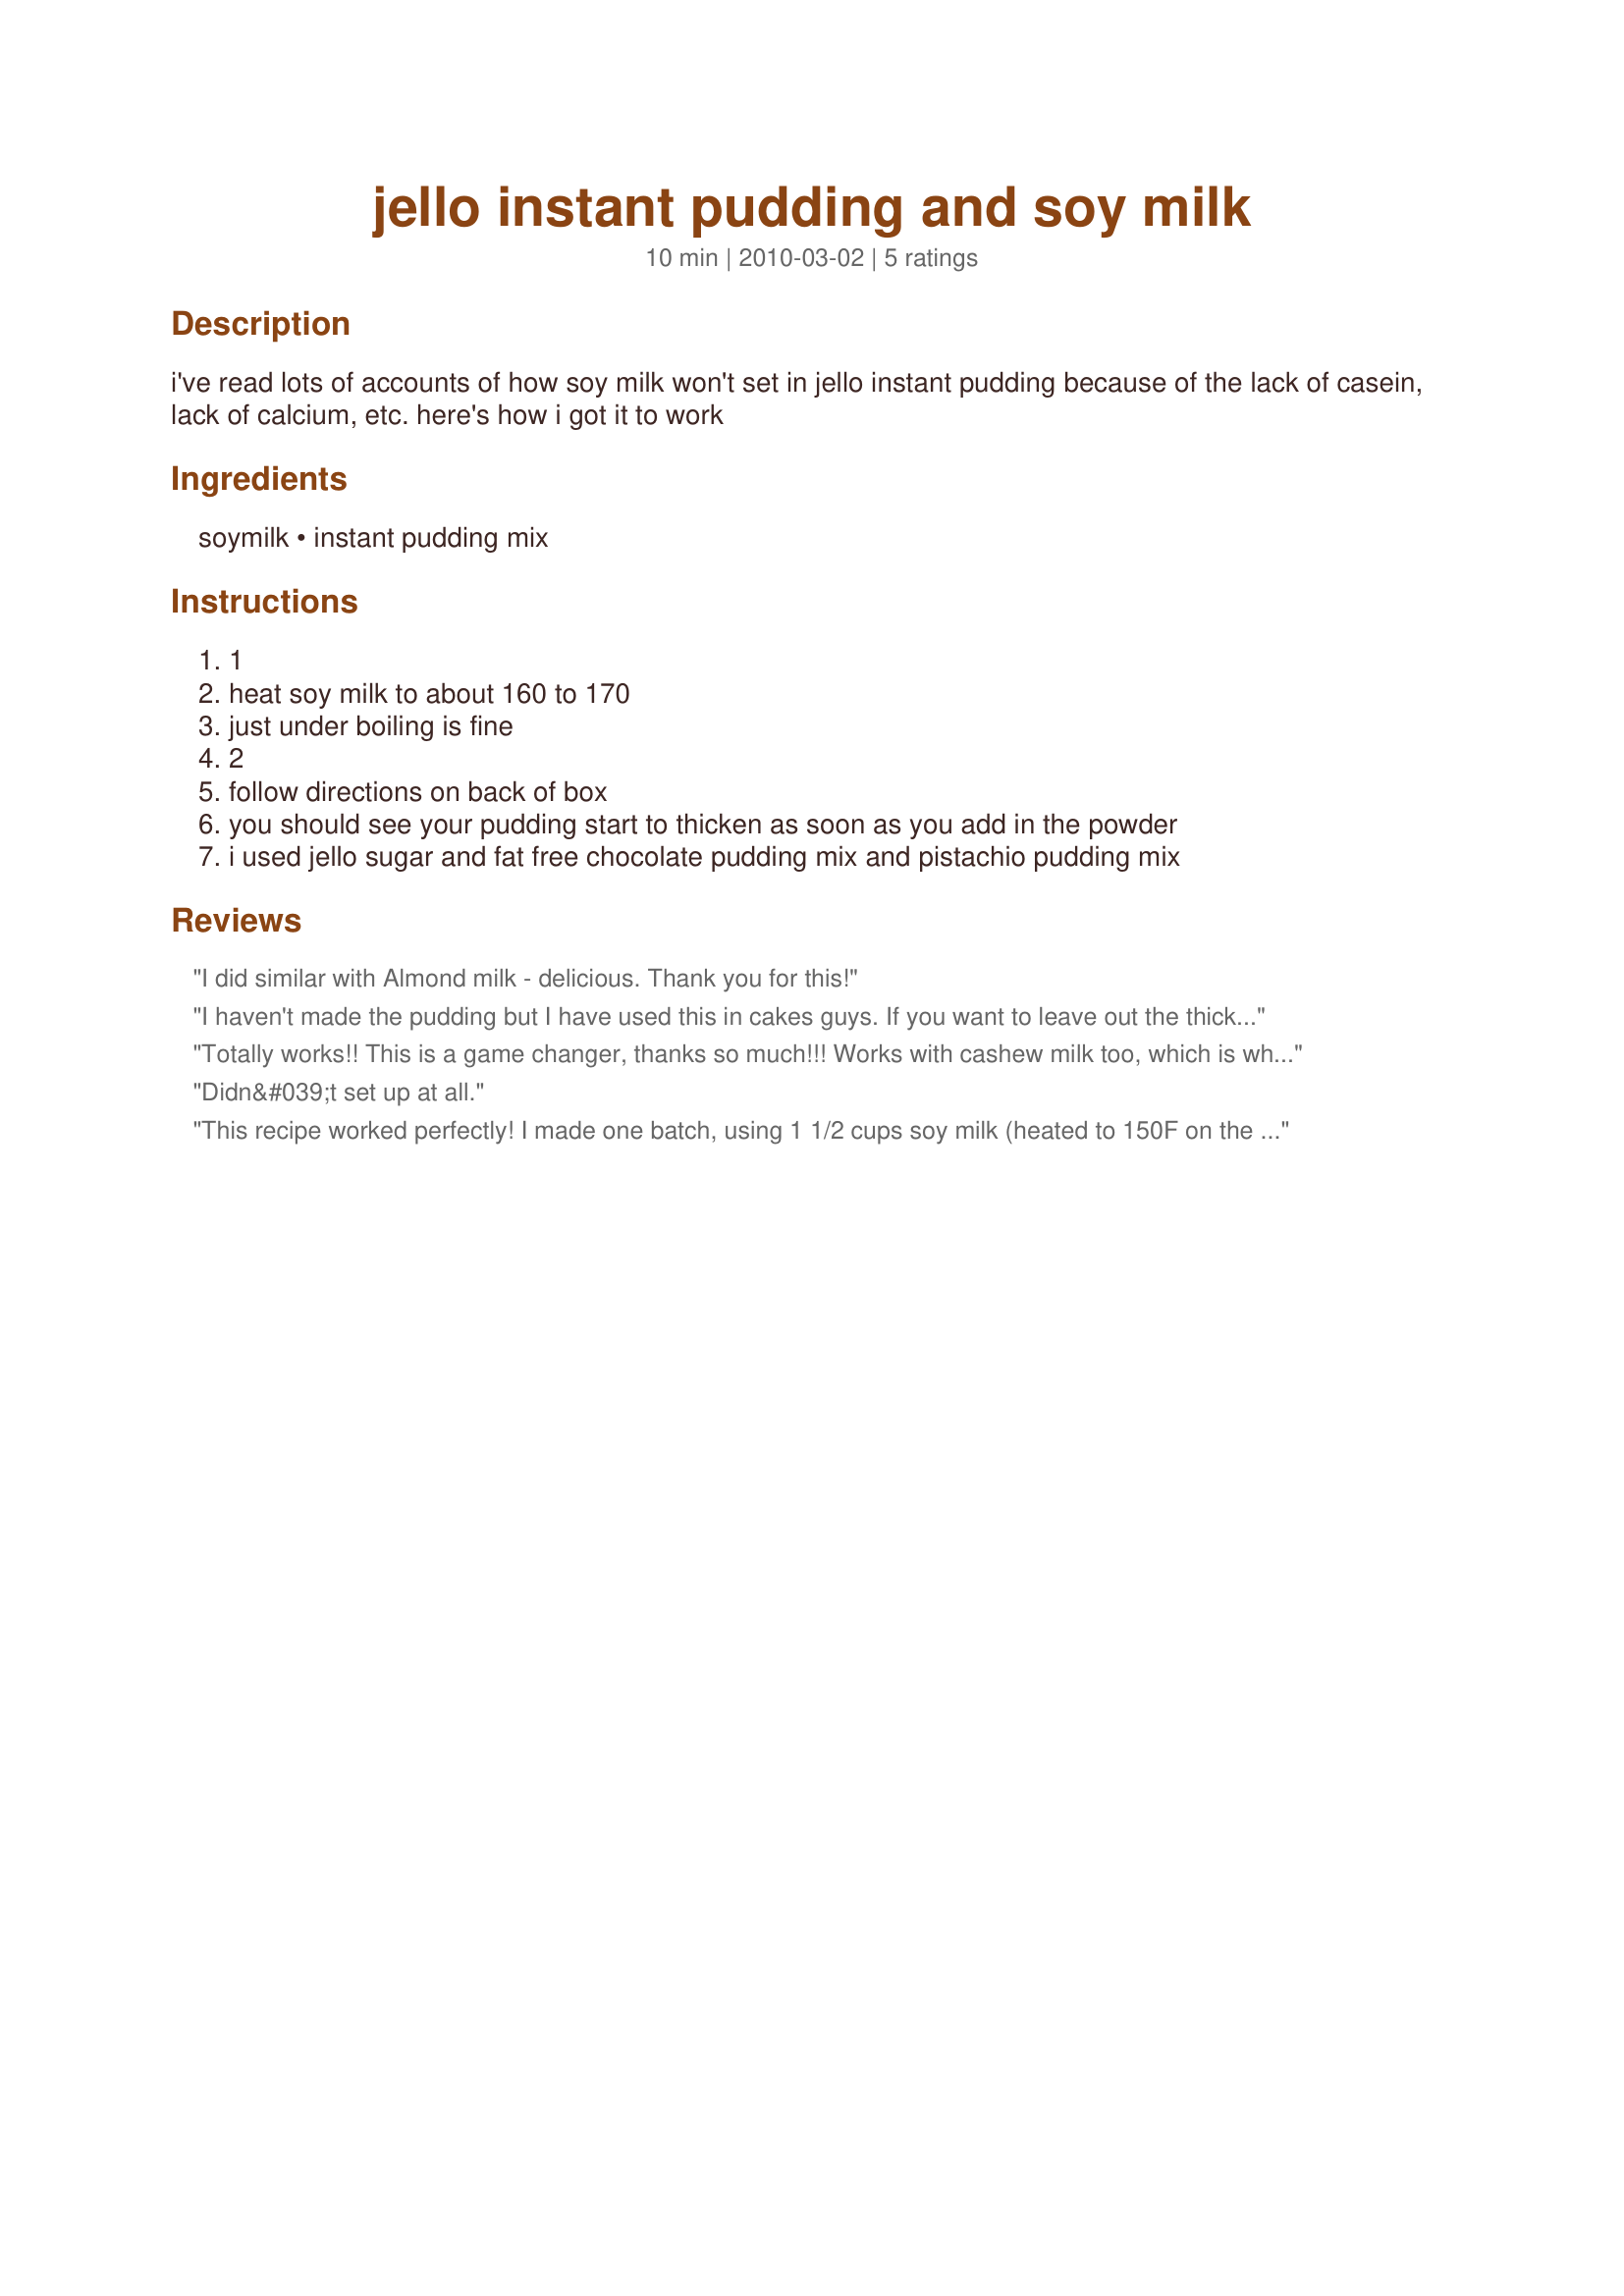
jello instant pudding and soy milk
Preparation time: 10 minutes

i've read lots of accounts of how soy milk won't set in jello instant pudding because of the lack of casein, lack of calcium, etc. here's how i got it to work

Ingredients:
soymilk, instant pudding mix

Steps:
1, heat soy milk to about 160 to 170, just under boiling is fine, 2, follow directions on back of box, you should see your pudding start to thicken as soon as you add in the powder, i used jello sugar and fat free chocolate pudding mix and pistachio pudding mix

Reviews:
I did similar with Almond milk - delicious. Thank you for this!
I haven't made the pudding but I have used this in cakes guys. If you want to leave out the thickener most pudding mixes have thickener in them. Just heat the milk to almost boiling along with the jello and put in a cake which is what I did. Wisk all the while, so it doesn't scorch and lump I used very little Jello actually, about half the box today.
Totally works!! This is a game changer, thanks so much!!! Works with cashew milk too, which is what I used!
Didn&#039;t set up at all.
This recipe worked perfectly! <br/><br/>I made one batch, using 1 1/2 cups soy milk (heated to 150F on the stove) and one 3.9 oz box of Jello brand chocolate pudding mix. It thickened in minutes!<br/><br/>I had previously tried to use soy milk per the box instructions & it never thickened, glad I found this recipe!
